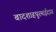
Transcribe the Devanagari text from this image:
बादशाहपुरमाईदास